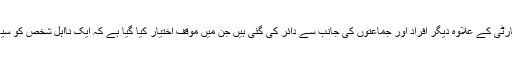
یہ درخواستیں پاکستان تحریکِ انصاف کے سربراہ عمران خان، شیخ رشید، پیپلز پارٹی کے علاوہ دیگر افراد اور جماعتوں کی جانب سے دائر کی گئی ہیں جن میں موقف اختیار کیا گیا ہے کہ ایک نااہل شخص کو سیاسی جماعت کا سربراہ بنانے کی اجازت دینا آئین اور قانون کی خلاف ورزی ہے۔